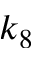
k _ { 8 }